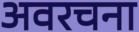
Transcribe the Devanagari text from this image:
अवरचना